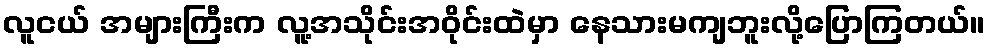
လူငယ် အများကြီးက လူ့အသိုင်းအဝိုင်းထဲမှာ နေသားမကျဘူးလို့ပြောကြတယ်။